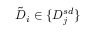
\tilde { D } _ { i } \in \{ D _ { j } ^ { s d } \}